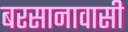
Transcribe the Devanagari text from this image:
बरसानावासी